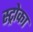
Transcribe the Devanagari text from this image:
स्ट्रोका